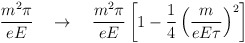
\begin{align*}\frac{m^2\pi}{eE}\quad\to\quad \frac{m^2\pi}{eE}\left[1-\frac{1}{4}\left(\frac{m}{eE\tau}\right)^2\right]\end{align*}